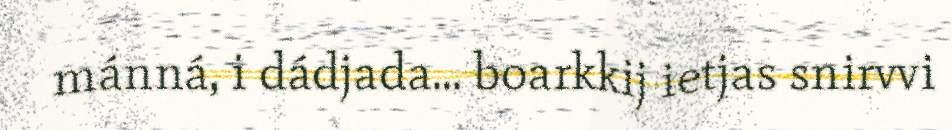
mánná, i dádjada... boarkkij ietjas snirvvi